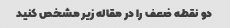
دو نقطه ضعف را در مقاله زیر مشخص کنید